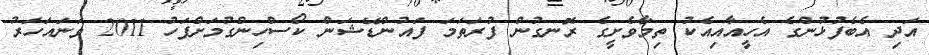
އަދި އެބެފުޅުންގެ އެހީއާއިއެކު ތިމާވެށީގެ ރޮނގުން ފުރަތަމަ ފައުންޑޭޝަން ކޯސްހިންގުމަށްފަހު 2011 ވަނައަހަރު